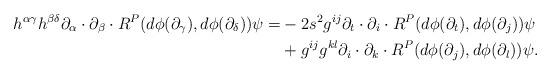
LaTeX: \begin{align*}h^{\alpha\gamma}h^{\beta\delta}\partial_\alpha\cdot\partial_\beta\cdot R^P(d\phi(\partial_\gamma),d\phi(\partial_\delta))\psi=&-2s^2g^{ij}\partial_t\cdot\partial_i\cdot R^P(d\phi(\partial_t),d\phi(\partial_j))\psi \\&+g^{ij}g^{kl}\partial_i\cdot\partial_k\cdot R^P(d\phi(\partial_j),d\phi(\partial_l))\psi.\end{align*}